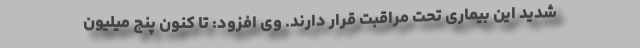
شدید این بیماری تحت مراقبت قرار دارند. وی افزود: تا کنون پنج میلیون